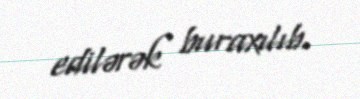
edilərək buraxılıb.